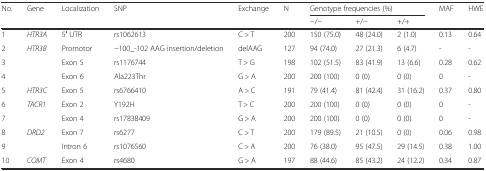
<table><thead><tr><td rowspan="2"><b>No.</b></td><td rowspan="2"><b>Gene</b></td><td rowspan="2"><b>Localization</b></td><td rowspan="2"><b>SNP</b></td><td rowspan="2"><b>Exchange</b></td><td rowspan="2"><b>N</b></td><td colspan="3"><b>Genotype frequencies (%)</b></td><td rowspan="2"><b>MAF</b></td><td rowspan="2"><b>HWE</b></td></tr><tr><td><b>−/−</b></td><td><b>+/−</b></td><td><b>+/+</b></td></tr></thead><tbody><tr><td>1</td><td><i>HTR3A</i></td><td>5′ UTR</td><td>rs1062613</td><td>C &gt; T</td><td>200</td><td>150 (75.0)</td><td>48 (24.0)</td><td>2 (1.0)</td><td>0.13</td><td>0.64</td></tr><tr><td>2</td><td rowspan="3"><i>HTR3B</i></td><td>Promotor</td><td>−100_-102 AAG insertion/deletion</td><td>delAAG</td><td>127</td><td>94 (74.0)</td><td>27 (21.3)</td><td>6 (4.7)</td><td>-</td><td>-</td></tr><tr><td>3</td><td>Exon 5</td><td>rs1176744</td><td>T &gt; G</td><td>198</td><td>102 (51.5)</td><td>83 (41.9)</td><td>13 (6.6)</td><td>0.28</td><td>0.62</td></tr><tr><td>4</td><td>Exon 6</td><td>Ala223Thr</td><td>G &gt; A</td><td>200</td><td>200 (100)</td><td>0 (0)</td><td>0 (0)</td><td>0</td><td>-</td></tr><tr><td>5</td><td><i>HTR3C</i></td><td>Exon 5</td><td>rs6766410</td><td>A &gt; C</td><td>191</td><td>79 (41.4)</td><td>81 (42.4)</td><td>31 (16.2)</td><td>0.37</td><td>0.80</td></tr><tr><td>6</td><td rowspan="2"><i>TACR1</i></td><td>Exon 2</td><td>Y192H</td><td>T &gt; C</td><td>200</td><td>200 (100)</td><td>0 (0)</td><td>0 (0)</td><td>0</td><td>-</td></tr><tr><td>7</td><td>Exon 4</td><td>rs17838409</td><td>G &gt; A</td><td>200</td><td>200 (100)</td><td>0 (0)</td><td>0 (0)</td><td>0</td><td>-</td></tr><tr><td>8</td><td rowspan="2"><i>DRD2</i></td><td>Exon 7</td><td>rs6277</td><td>C &gt; T</td><td>200</td><td>179 (89.5)</td><td>21 (10.5)</td><td>0 (0)</td><td>0.06</td><td>0.98</td></tr><tr><td>9</td><td>Intron 6</td><td>rs1076560</td><td>C &gt; A</td><td>200</td><td>76 (38.0)</td><td>95 (47.5)</td><td>29 (14.5)</td><td>0.38</td><td>1.00</td></tr><tr><td>10</td><td><i>COMT</i></td><td>Exon 4</td><td>rs4680</td><td>G &gt; A</td><td>197</td><td>88 (44.6)</td><td>85 (43.2)</td><td>24 (12.2)</td><td>0.34</td><td>0.87</td></tr></tbody></table>